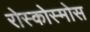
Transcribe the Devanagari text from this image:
रोस्कोस्मोस